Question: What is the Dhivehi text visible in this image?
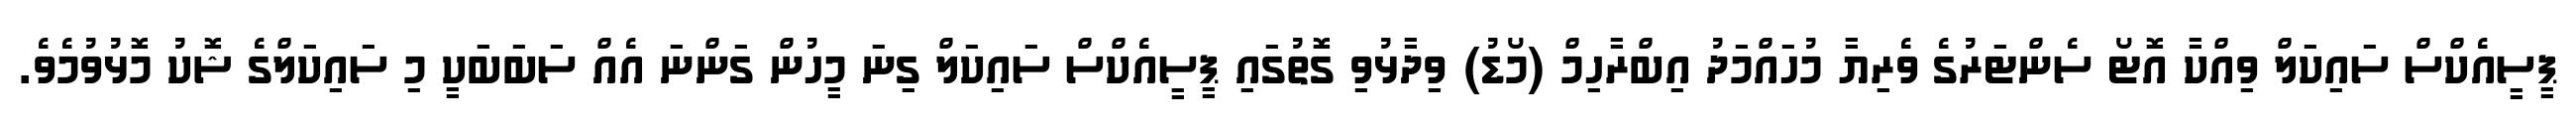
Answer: ޕީސީއެކްސް ސައިކަލް ވިއްކާ އޮޓޯ ސެންޓަރުގެ ވެރިޔާ މުހައްމަދު އިބްރާހިމް (މޯޑު) ވިދާޅުވި ގޮތުގައި ޕީސީއެކްސް ސައިކަލް ގިނަ މީހުން ގަންނަ އެއް ސަބަބަކީ މި ސައިކަލްގެ ޝޮކު މޮޅުވުމެވެ.